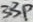
Text: 33p